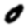
Digit: 0